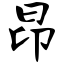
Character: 昂